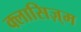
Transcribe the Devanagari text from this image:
क्लासिज़्म